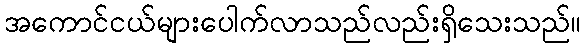
အကောင်ငယ်များပေါက်လာသည်လည်းရှိသေးသည်။